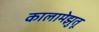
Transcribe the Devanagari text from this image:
कालामेझुतू